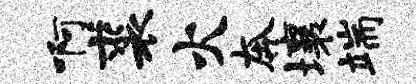
啊裘火奔壤端